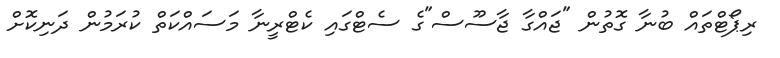
ރިޕޯޓްތައް ބުނާ ގޮތުން "ޖައްގާ ޖާސޫސް"ގެ ސެޓްގައި ކެޓްރީނާ މަސައްކަތް ކުރަމުން ދަނިކޮށް